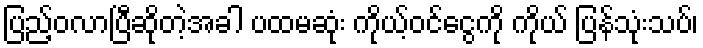
ပြည့်ဝလာပြီဆိုတဲ့အခါ ပထမဆုံး ကိုယ့်ဝင်ငွေကို ကိုယ် ပြန်သုံးသပ်၊